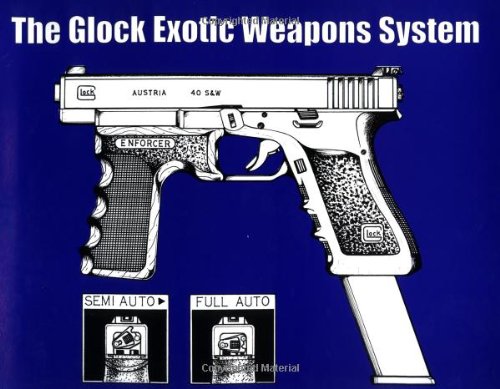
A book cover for The Glock Exotic Weapons System; Anonymous; Crafts, Hobbies & Home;